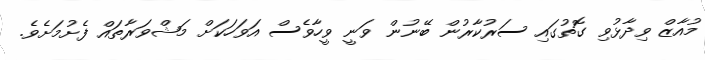
މުއާޒް ވިދާޅުވި ގޮތުގައި ސަރުކާރުން ބޭނުން ވަނީ ވީހާވެސް އަވަހަކަށް މަޝްވަރާތައް ފެށުމަށެވެ.